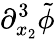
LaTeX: \partial_{x_{2}}^{3}\tilde{\phi}